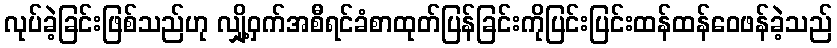
လုပ်ခဲ့ခြင်းဖြစ်သည်ဟု လျှို့ဝှက်အစီရင်ခံစာထုတ်ပြန်ခြင်းကိုပြင်းပြင်းထန်ထန်ဝေဖန်ခဲ့သည်